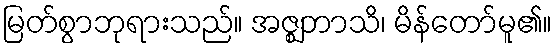
မြတ်စွာဘုရားသည်။ အဇ္ဈဘာသိ၊ မိန်တော်မူ၏။